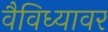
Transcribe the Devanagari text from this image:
वैविध्यावर